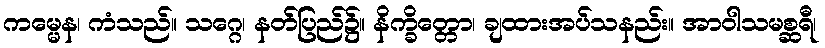
ကမ္မေန၊ ကံသည်။ သဂ္ဂေ၊ နတ်ပြည်၌။ နိက္ခိတ္တော၊ ချထားအပ်သနည်း။ အာဝါသမစ္ဆရီ၊